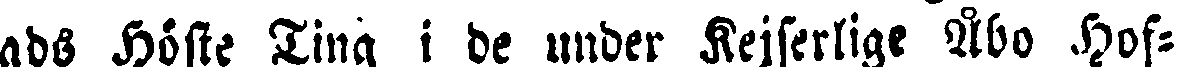
ads Höste Ting i de under Kejserlige Åbo Hof-